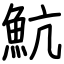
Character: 魧